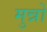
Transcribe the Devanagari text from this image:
मुन्नों